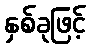
နှစ်ခုဖြင့်